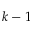
k - 1